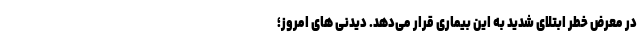
در معرض خطر ابتلای شدید به این بیماری قرار می‌دهد. دیدنی های امروز؛